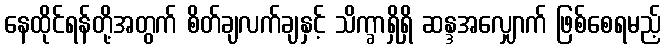
နေထိုင်ရန်တို့အတွက် စိတ်ချလက်ချနှင့် သိက္ခာရှိရှိ ဆန္ဒအလျှောက် ဖြစ်စေရမည့်